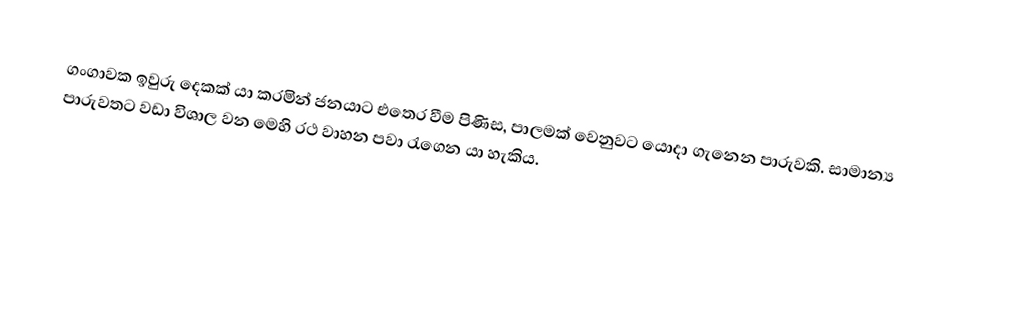
ගංගාවක ඉවුරු දෙකක් යා කරමින් ජනයාට එතෙර වීම පිණිස, පාලමක් වෙනුවට යොදා ගැනෙන පාරුවකි. සාමාන්‍ය පාරුවතට වඩා විශාල වන මෙහි රථ වාහන පවා රැගෙන යා හැකිය.